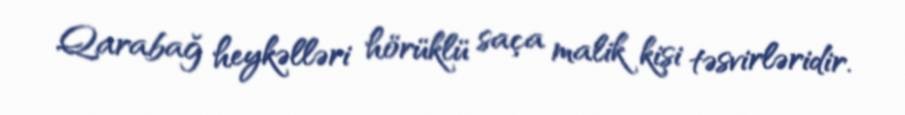
Qarabağ heykəlləri hörüklü saça malik kişi təsvirləridir.